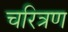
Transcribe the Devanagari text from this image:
चरित्रण